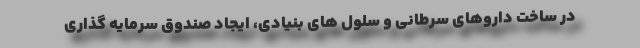
در ساخت داروهای سرطانی و سلول های بنیادی، ایجاد صندوق سرمایه گذاری